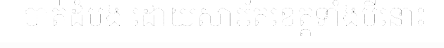
បាត់ដំបង ដោយសារតែខេត្តទាំងបីនោះ